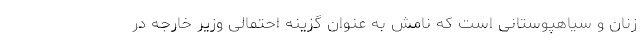
زنان و سیاهپوستانی است که نامش به عنوان گزینه احتمالی وزیر خارجه در